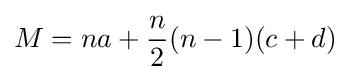
M=na+{\frac {n}{2}}(n-1)(c+d)